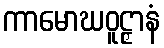
ကာမောဃဝူဠှာနံ